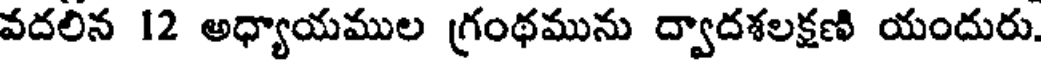
వదలిన 12 అధ్యాయముల గ్రంథమును ద్వాదశలక్షణి యందురు.